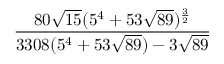
\frac { 8 0 { \sqrt { 1 5 } } ( 5 ^ { 4 } + 5 3 { \sqrt { 8 9 } } ) ^ { \frac { 3 } { 2 } } } { 3 3 0 8 ( 5 ^ { 4 } + 5 3 { \sqrt { 8 9 } } ) - 3 { \sqrt { 8 9 } } }